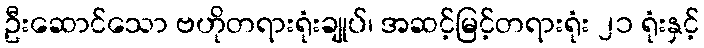
ဦးဆောင်သော ဗဟိုတရားရုံးချုပ်၊ အဆင့်မြင့်တရားရုံး ၂၁ ရုံးနှင့်